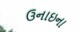
ઉનાઇના